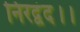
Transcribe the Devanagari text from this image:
निरद्वंद।।